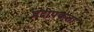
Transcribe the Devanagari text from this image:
प्रदीपकता